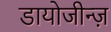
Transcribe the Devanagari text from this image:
डायोजीन्ज़